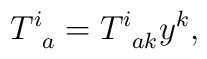
T_{\;\;a}^{i}=T_{\;\;ak}^{i}y^{k},